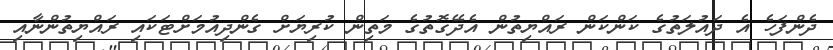
ދެންފަހެ އެ ދައުލަތުގެ ކަންކަން ރައްޔިތުން އެދޭގޮތުގެ މަތިން ކުރިޔަށް ގެންދިއުމަށްޓަކައި ރައްޔިތުންނާއި